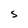
Character: S